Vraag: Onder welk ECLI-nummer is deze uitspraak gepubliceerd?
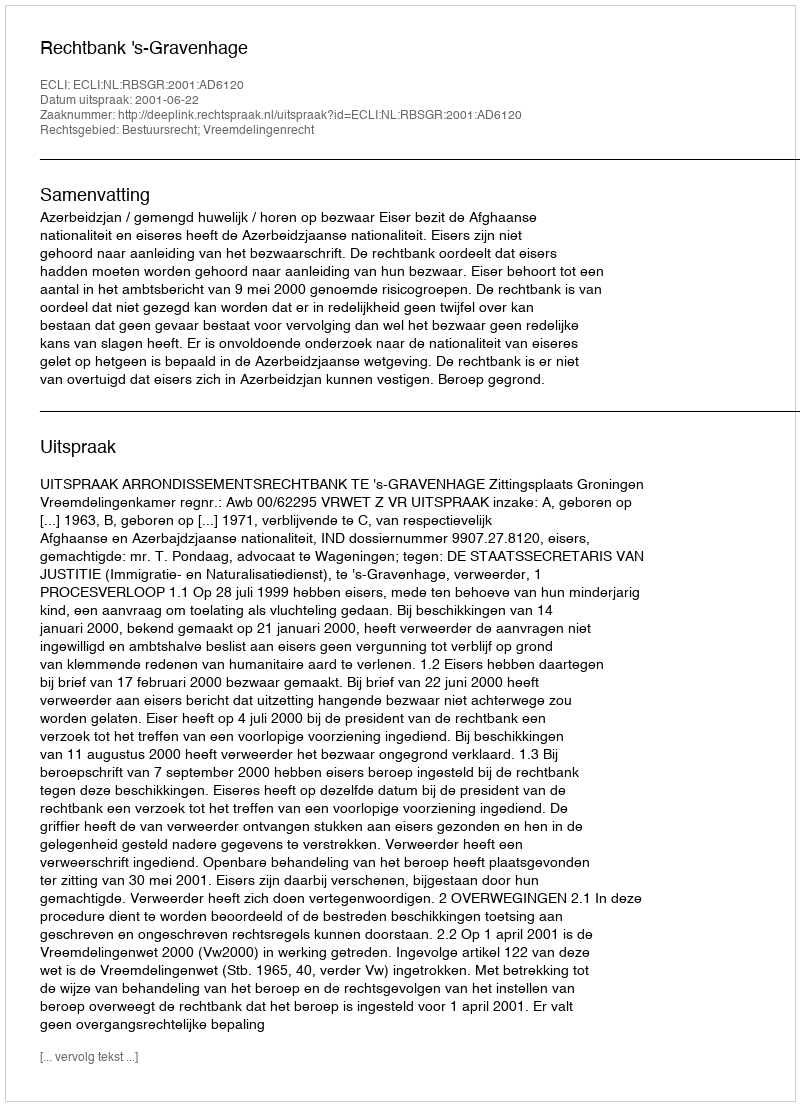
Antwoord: ECLI:NL:RBSGR:2001:AD6120